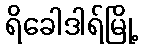
ရိခေါဒါရ်မြို့